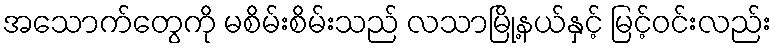
အသောက်တွေကို မစိမ်းစိမ်းသည် လသာမြို့နယ်နှင့် မြင့်ဝင်းလည်း